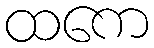
ထကေ